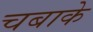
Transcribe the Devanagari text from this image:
चबाके